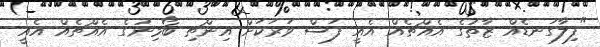
"ފިލާގަނޑެއް ޒާތުގެ އެއްޗެއް އެއީ ފަސް ވަރަކަށް އިންޗި ބޯމިނުގެ އެއްޗެއް އެއީ